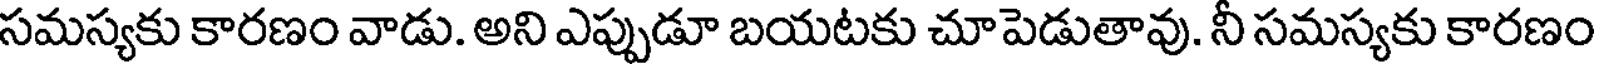
సమస్యకు కారణం వాడు. అని ఎప్పుడూ బయటకు చూపెడుతావు. నీ సమస్యకు కారణం